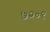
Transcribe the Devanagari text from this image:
७२०९